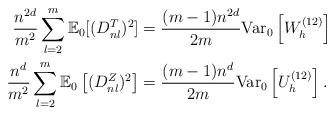
LaTeX: \begin{align*} \frac{n^{2d }}{m^2}\sum_{l = 2}^m \mathbb{E}_0[(D_{nl}^T)^2] &= \frac{(m-1)n^{2d }}{2m }\mathrm{Var}_0\left[W^{(12)}_h\right]\\\frac{n^d}{m^2} \sum_{l = 2}^m \mathbb{E}_0\left[(D^Z_{nl})^2\right]&= \frac{(m-1)n^{d }}{2m }\mathrm{Var}_0\left[U^{(12)}_h\right]. \end{align*}